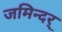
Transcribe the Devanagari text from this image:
जमिन्दर्